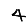
Digit: 4